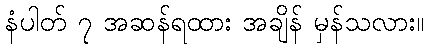
နံပါတ် ၇ အဆန်ရထား အချိန် မှန်သလား။